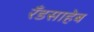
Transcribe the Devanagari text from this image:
रँडसाहेब